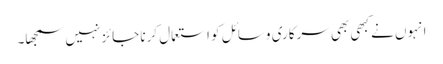
انہوں نے کبھی بھی سرکاری وسائل کو استعمال کرنا جائز نہیں سمجھا۔